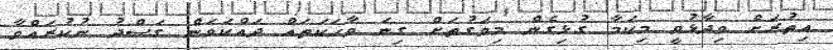
އިތުރަށް ވިދާޅުވީ މިކަމާ ގުޅިގެން މިވަގުތަށް ގިނަ ވާހަކަތައް ދައްކަވަން ގަސްދު ނުކުރައްވާ